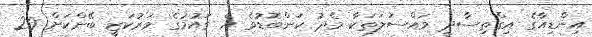
އިންޑިއާގެ އިގްތިސާދީ މައްސަލަތަކާ މެދު ކަންބޮޑުވެ އެ ގައުމުގެ މަރުކަޒީ ބޭންކަށް 20